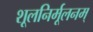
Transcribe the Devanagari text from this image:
शूलनिर्मूलनम्